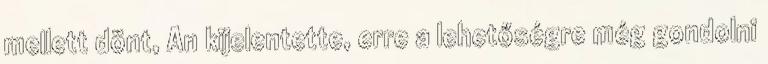
mellett dönt, An kijelentette, erre a lehetőségre még gondolni